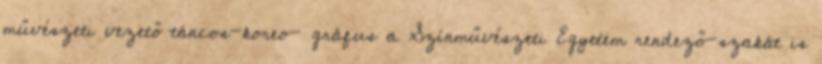
művészeti vezető táncos-koreo- gráfus a Színművészeti Egyetem rendező-szakát is